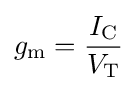
g_{\mathrm {m} }={\frac {I_{\mathrm {C} }}{V_{\mathrm {T} }}}